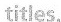
titles.